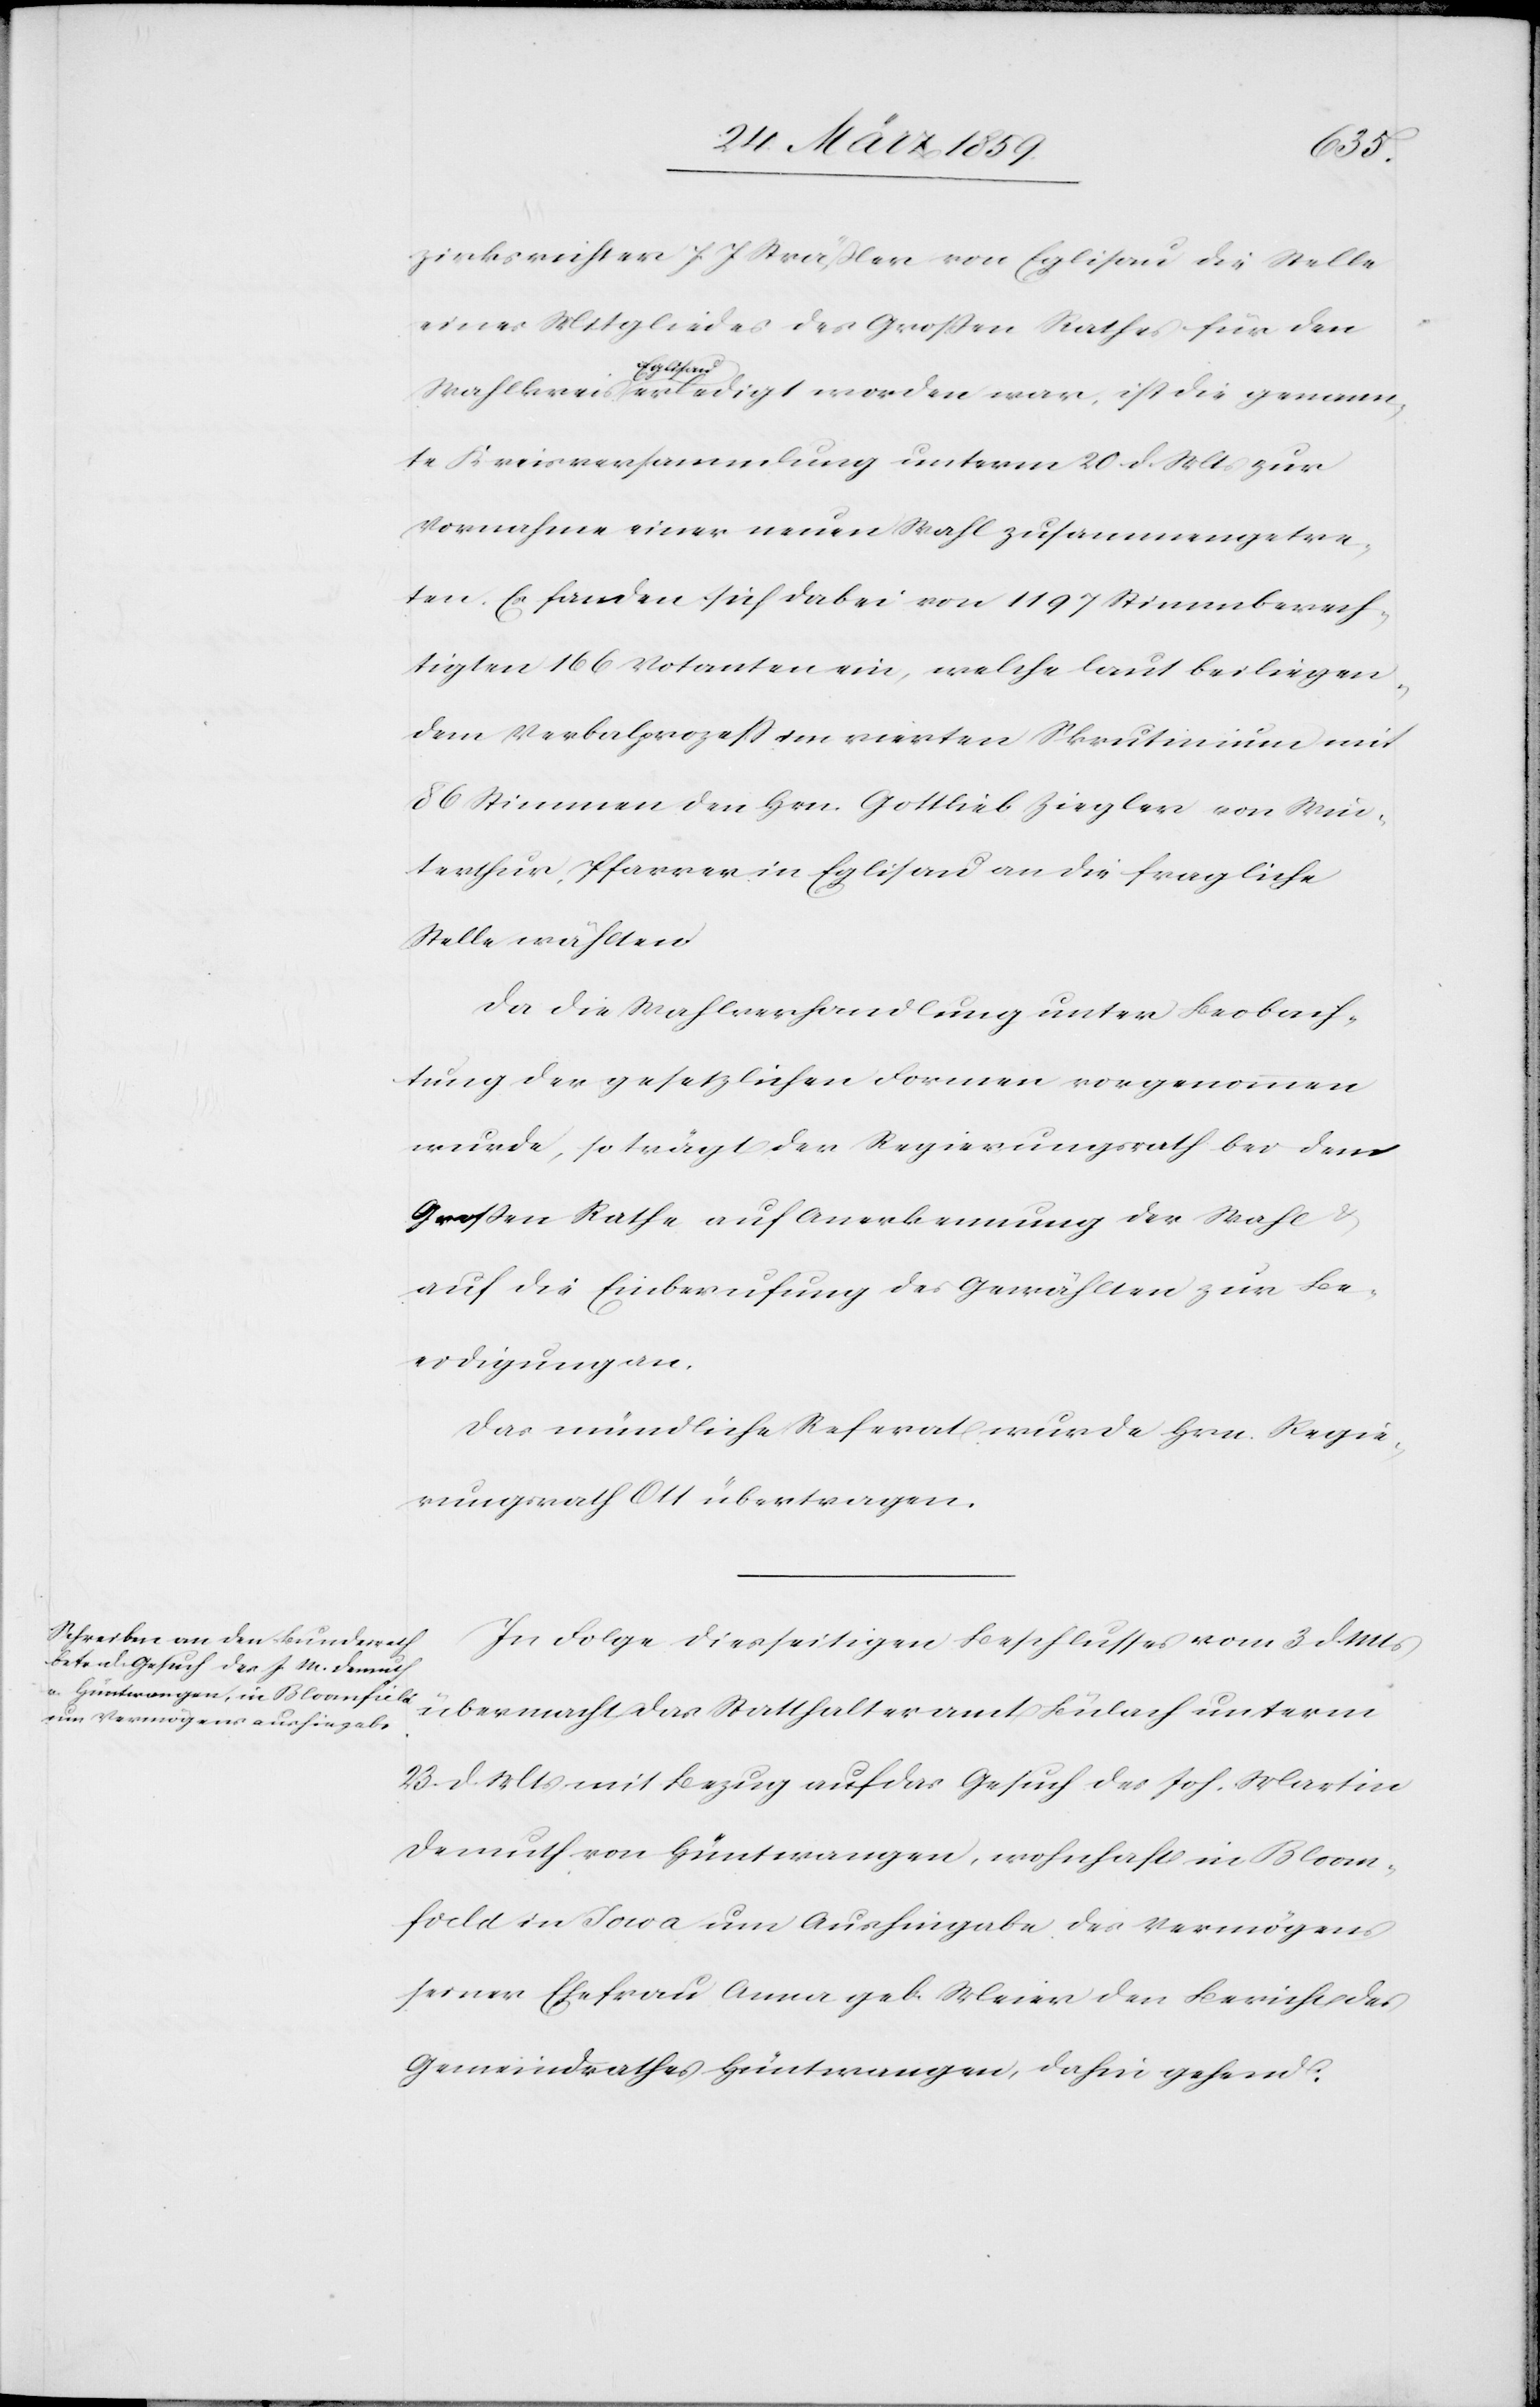
zirksrichter J. J. Sträßler von Eglisau die Stelle
eines Mitgliedes des Großen Rathes für den
Wahlkreis
Eglisau erledigt worden war, ist die genann¬
te Kreisversammlung unterm 20. d. Mts zur
Vornahme einer neuen Wahl zusammengetre¬
ten. Es fanden sich dabei von 1197 Stimmberech¬
tigten 166 Votanten ein, welche laut beiliegen¬
dem Verbalprozeß im vierten Skrutinium mit
86 Stimmen den Hrn. Gottlieb Ziegler von Win¬
terthur, Pfarrer in Eglisau an die fragliche
Stelle wählten.
Da die Wahlverhandlung unter Beobach¬
tung der gesetzlichen Formen vorgenommen
wurde, so trägt der Regierungsrath bei dem
Großen Rathe auf Anerkennung der Wahl
auf die Einberufung des Gewählten zur Be¬
eidigung an.
Das mündliche Referat wurde Hrn. Regie¬
rungsrath Ott übertragen.
In Folge diesseitigen Beschlusses vom 3. d.
übermacht das Statthalteramt Bülach unterm
23. d. Mts mit Bezug auf das Gesuch das Joh. Martin
Demuth von Hüntwangen, wohnhaft in Bloom¬
field in Iowa um Aushingabe des Vermögens
seiner Ehefrau Anna geb. Meier den Bericht des
Gemeindrathes Hüntwangen, dahin gehen: